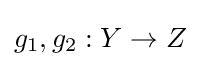
g_{1},g_{2}:Y\to Z